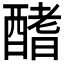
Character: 𨢍